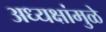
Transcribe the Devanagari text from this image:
अध्यक्षांमुळे